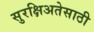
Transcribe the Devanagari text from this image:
सुरक्षिअतेसाठी